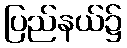
ပြည်နယ်၌